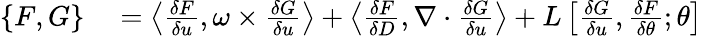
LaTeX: \begin{array}{rl}{\{ F,G\} }&{{}=\left\langle\frac{\delta F}{\delta u},\omega\times\frac{\delta G}{\delta u}\right\rangle+\left\langle\frac{\delta F}{\delta D},\nabla\cdot\frac{\delta G}{\delta u}\right\rangle+L\left[\frac{\delta G}{\delta u},\frac{\delta F}{\delta\theta};\theta\right]}\end{array}